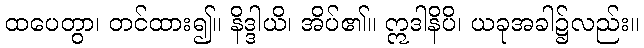
ထပေတွာ၊ တင်ထား၍။ နိဒ္ဒါယိ၊ အိပ်၏။ ဣဒါနိပိ၊ ယခုအခါ၌လည်း။